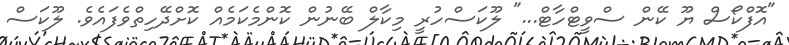
"އޮފްކޯސް ޔޫ ކޭން ސްވީޓްހާޓް..." ލޫކަސްހުރީ މިކާލް ބޭނުން ކޮންމެކަމެއް ކޮށްދޭހިތްވެފައެވެ. ލޫކަސް